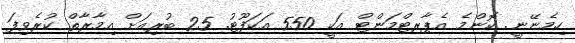
ހިމެނޭނީ. ކޮންމެ އެޕާރޓްމަންޓް އަކީ 550 އަކަފޫޓު. 25 ބުރިއަށް އިމާރާތް ކުރެވިފަ